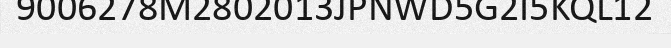
9006278M2802013JPNWD5G2I5KQL12